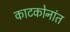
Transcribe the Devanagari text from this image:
काटकोनांत